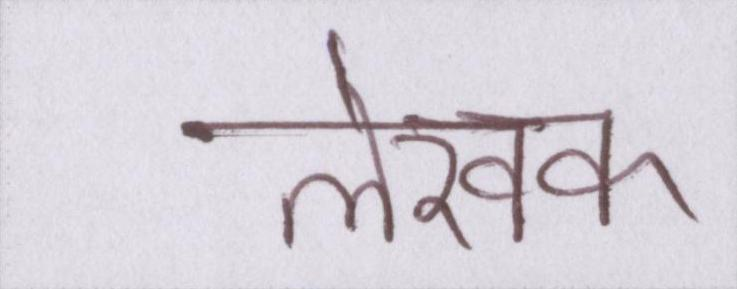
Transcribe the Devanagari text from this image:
लेखक